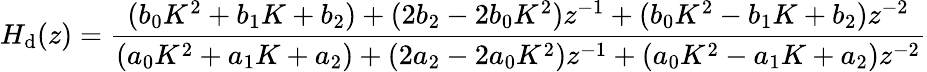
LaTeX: H_{\mathrm{d}}(z)={\frac{{(b_{0}K^{2}+b_{1}K+b_{2})+(2b_{2}-2b_{0}K^{2})z^{-1}+(b_{0}K^{2}-b_{1}K+b_{2})z^{-2}}}{{(a_{0}K^{2}+a_{1}K+a_{2})+(2a_{2}-2a_{0}K^{2})z^{-1}+(a_{0}K^{2}-a_{1}K+a_{2})z^{-2}}}}